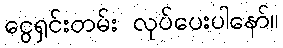
ငွေရှင်းတမ်း လုပ်ပေးပါနော်။